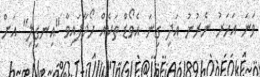
ވަނަ އަހަރު ނެރުނު އަދި ގިނަ އެވޯޑް ތަކެއް ހޯދާފައިވާ "އިނގިލި" އަށް